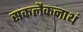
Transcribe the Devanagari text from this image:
सकलैकनाथं